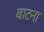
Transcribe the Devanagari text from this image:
बाटना